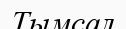
Тымсал